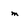
Character: m